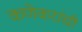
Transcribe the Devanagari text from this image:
कणेकरांची